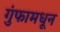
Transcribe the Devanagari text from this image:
गुंफामधून